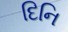
દિનિ